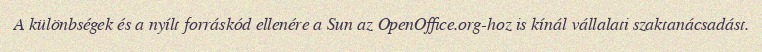
A különbségek és a nyílt forráskód ellenére a Sun az OpenOffice.org-hoz is kínál vállalati szaktanácsadást.